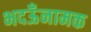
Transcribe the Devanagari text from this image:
भदऊँनामक